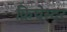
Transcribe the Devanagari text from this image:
क्रिचेस्टर